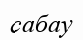
сабау